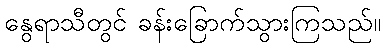
နွေရာသီတွင် ခန်းခြောက်သွားကြသည်။